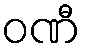
ဝဏီ